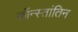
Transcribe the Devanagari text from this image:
कॉन्स्तांतिन